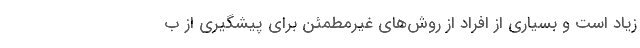
زیاد است و بسیاری از افراد از روش‌‌های غیرمطمئن برای پیشگیری از ب